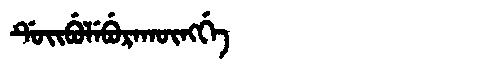
Manchu: ᡩᡠᡳᠪᡠᠯᡝᠪᡠᡵᠠᡴᡡᠩᡤᡝ
Romanization: DUIBULEBURAKŪNGGE